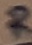
Text: R